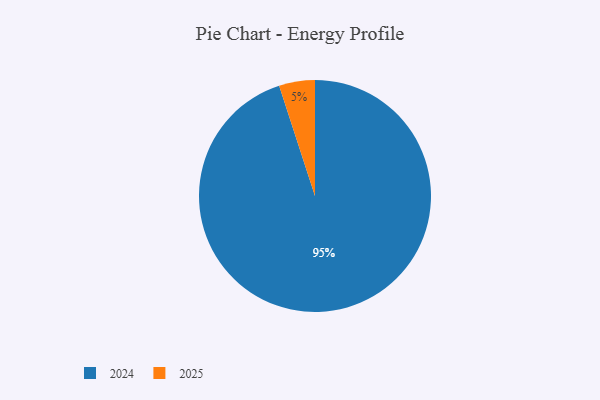
{"axis": {"x": "Category", "y": "Percentage"}, "legend": ["2024", "2025"], "data": [{"x": "2025", "y": 5, "type": "2025"}, {"x": "2024", "y": 95, "type": "2024"}]}